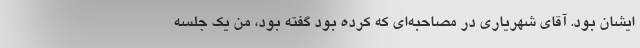
ایشان بود. آقای شهریاری در مصاحبه‌ای که کرده بود گفته بود، من یک جلسه